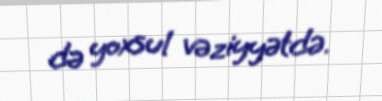
də yoxsul vəziyyətdə.